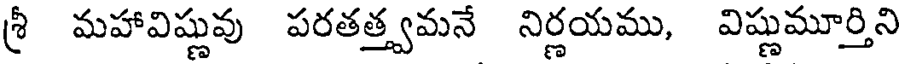
శ్రీ మహావిష్ణువు పరతత్త్వమనే నిర్ణయము, విష్ణుమూర్తిని